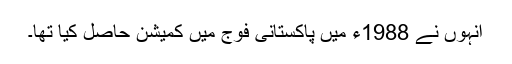
انہوں نے 1988ء میں پاکستانی فوج میں کمیشن حاصل کیا تھا۔